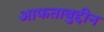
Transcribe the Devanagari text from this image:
आफताबुद्दीन